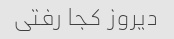
دیروز کجا رفتی